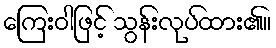
ကြေးဝါဖြင့် သွန်းလုပ်ထား၏။